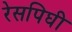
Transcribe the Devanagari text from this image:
रेसपिघी